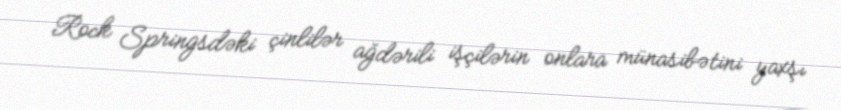
Rock Springsdəki çinlilər ağdərili işçilərin onlara münasibətini yaxşı